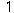
1